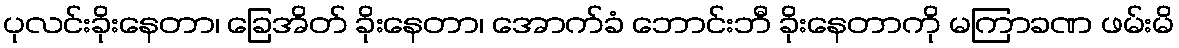
ပုလင်းခိုးနေတာ၊ ခြေအိတ် ခိုးနေတာ၊ အောက်ခံ ဘောင်းဘီ ခိုးနေတာကို မကြာခဏ ဖမ်းမိ